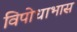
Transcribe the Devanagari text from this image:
विपोधाभास